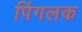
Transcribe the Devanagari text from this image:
पिंगलक